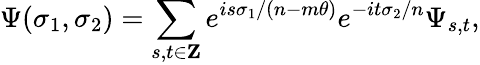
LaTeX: \Psi(\sigma_{1},\sigma_{2})=\sum_{s,t\in{\mathbf Z}}e^{is\sigma_{1}/(n-m\theta)}e^{-it\sigma_{2}/n}\Psi_{s,t},